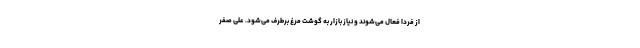
از فردا فعال می‌شوند و نیاز بازار به گوشت مرغ برطرف می‌شود. علی صفر